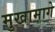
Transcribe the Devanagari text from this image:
मुखामागे